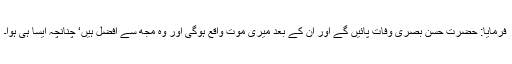
فرمایا: حضرت حسن بصریؒ وفات پائیں گے اور ان کے بعد میری موت واقع ہوگی اور وہ مجھ سے افضل ہیں‘ چنانچہ ایسا ہی ہوا۔